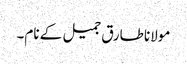
مولانا طارق جمیل کے نام۔